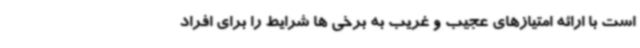
است با ارائه امتیازهای عجیب و غریب به برخی ها شرایط را برای افراد